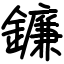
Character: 鐮